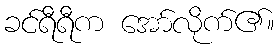
ခင်ရီရီက အော်လိုက်၏။